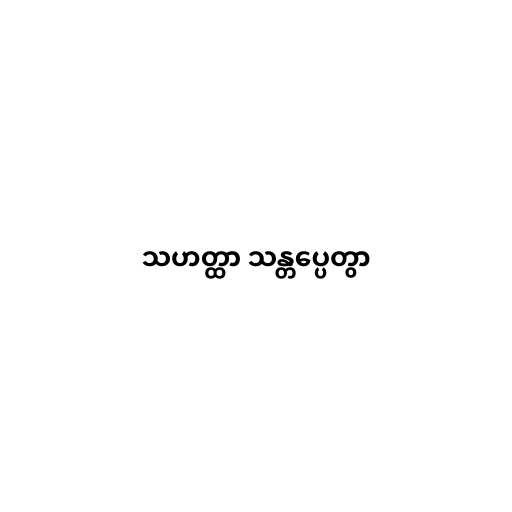
သဟတ္ထာ သန္တပ္ပေတွာ